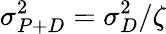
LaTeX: \sigma_{P+D}^{2}=\sigma_{D}^{2}/\zeta